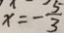
x = - \frac { 5 } { 3 }